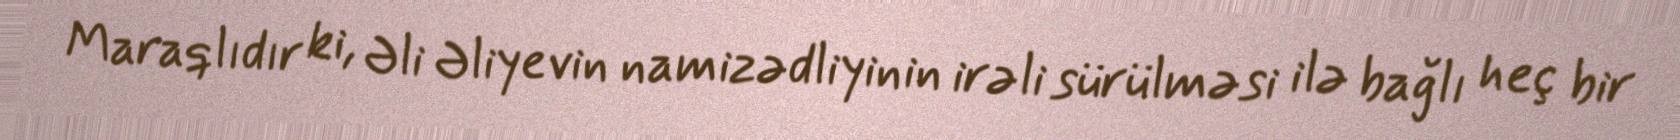
Maraqlıdır ki, Əli Əliyevin namizədliyinin irəli sürülməsi ilə bağlı heç bir